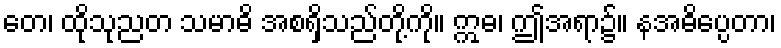
တေ၊ ထိုသုညတ သမာဓိ အစရှိသည်တို့ကို။ ဣဓ၊ ဤအရာ၌။ နအဓိပ္ပေတာ၊